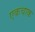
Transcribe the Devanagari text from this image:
एकचाक